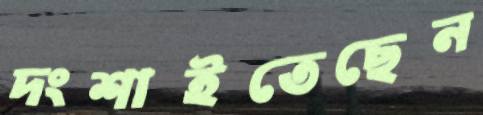
দংশাইতেছেন